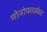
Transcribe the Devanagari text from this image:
मोनोफास्फेट